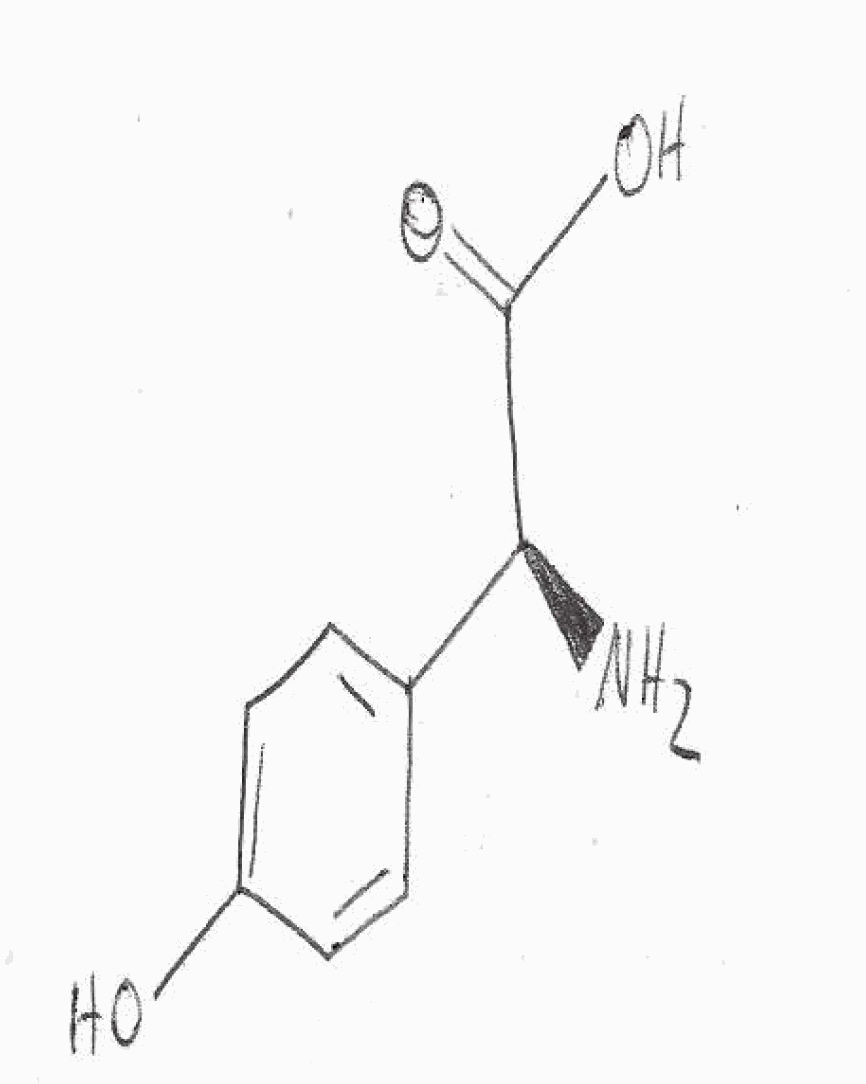
Simplified molecular-input line-entry system (SMILES) notation of the given molecule:
C1=CC(=CC=C1[C@@H](C(=O)O)N)O